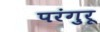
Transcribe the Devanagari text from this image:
परंगुरू